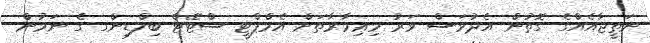
ނަތީޖާއެއްގެ ގޮތުން އެދުވަސް ވަރު މިޢިމާރާތަށް އެމްޕްޓީ ސްޓޭޓް ބިލްޑިންގ ގެ ނަމުން